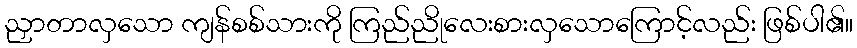
ညှာတာလှသော ကျန်စစ်သားကို ကြည်ညိုလေးစားလှသောကြောင့်လည်း ဖြစ်ပါ၏။